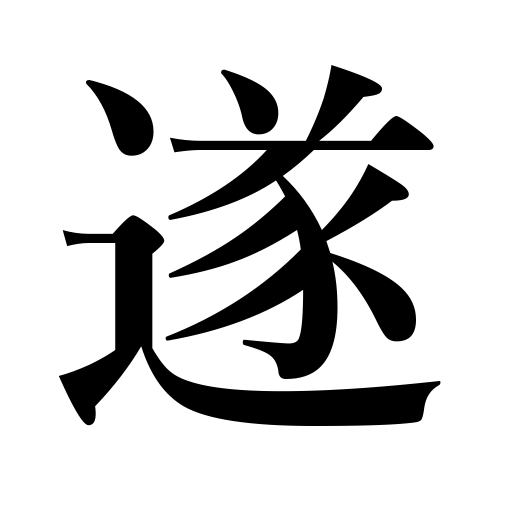
Meanings: accomplish,attain,commit suicide